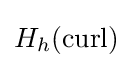
H_{h}(\operatorname {curl} )